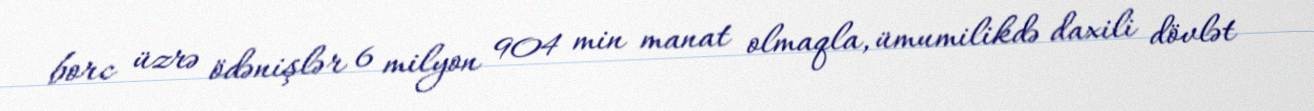
borc üzrə ödənişlər 6 milyon 904 min manat olmaqla, ümumilikdə daxili dövlət